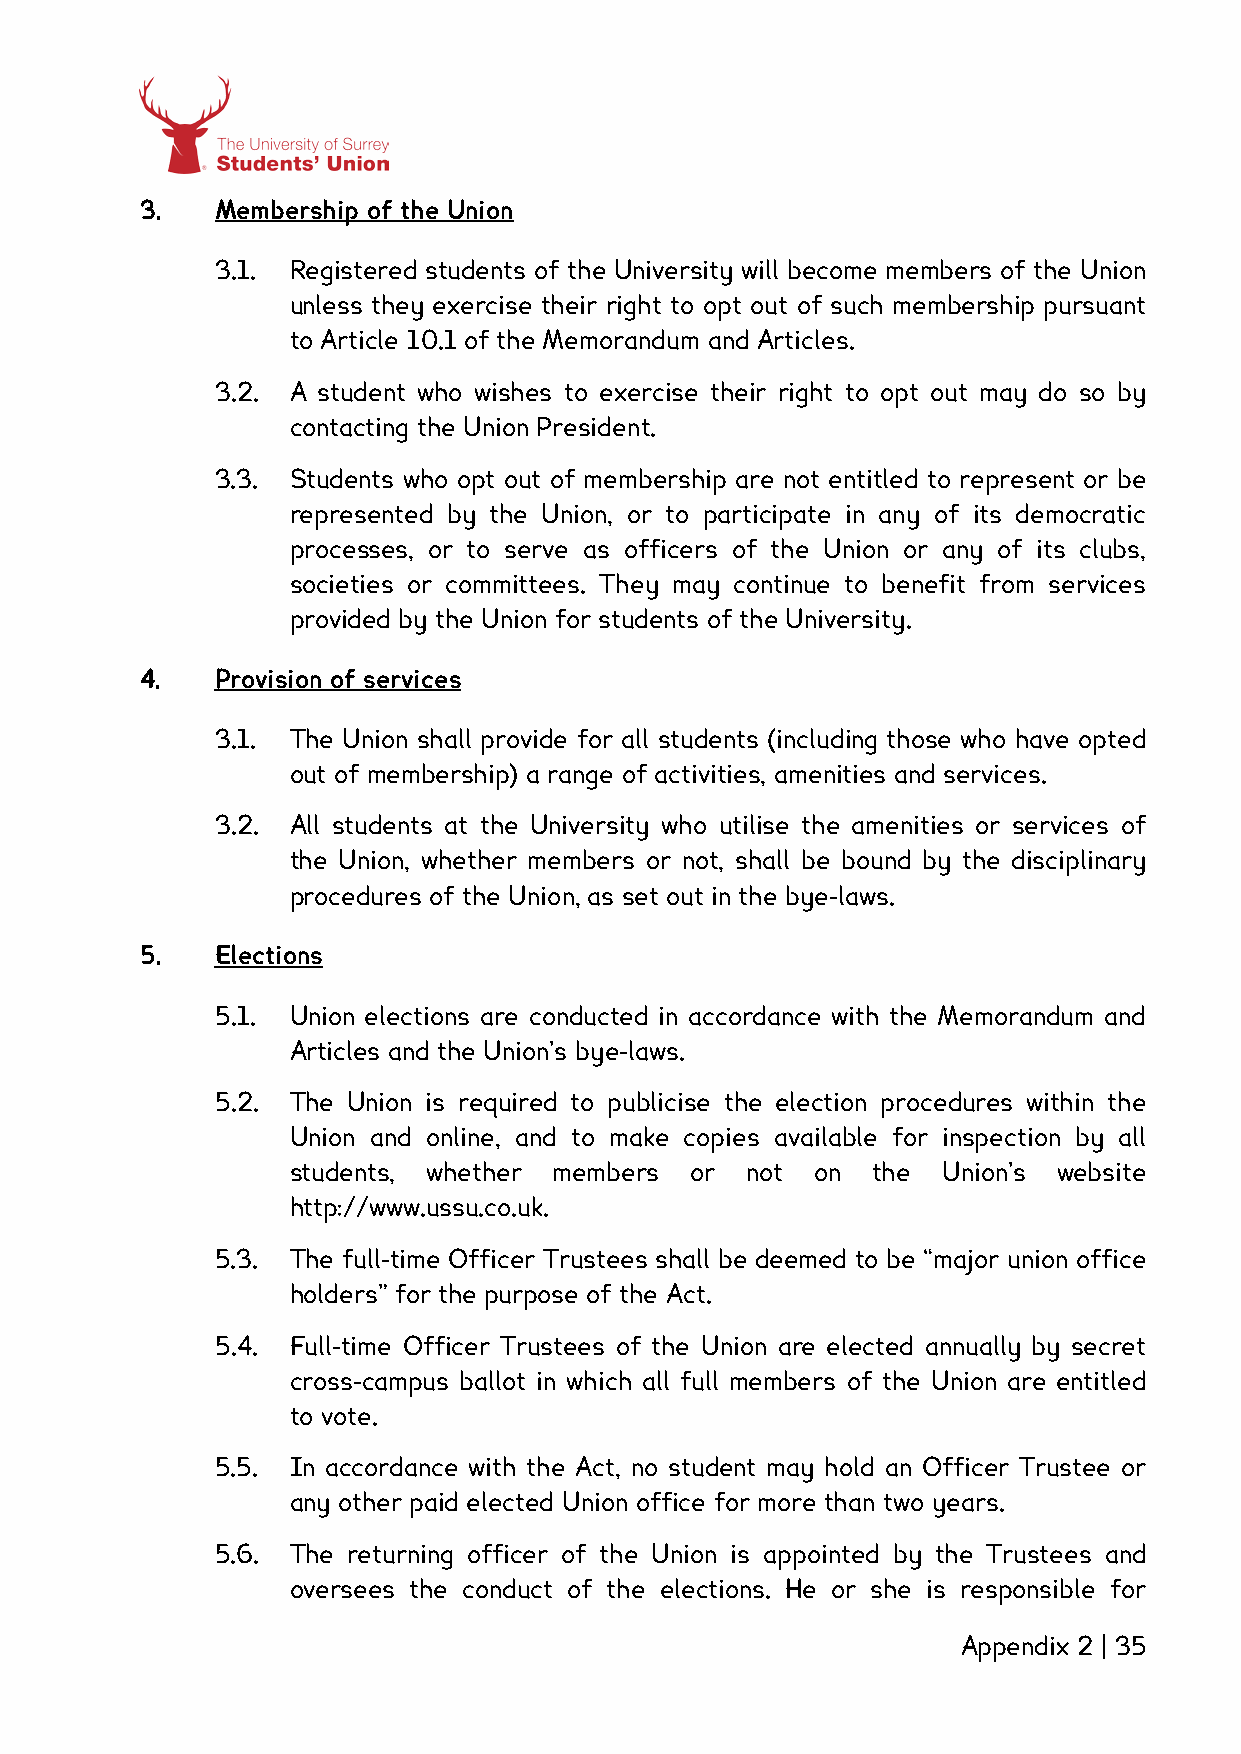
3.   Membership of the Union
 3.1. Registered students of the University will become members of the Union
 unless they exercise their right to opt out of such membership pursuant
 to Article 10.1 of the Memorandum and Articles.
 3.2. A student who wishes to exercise their right to opt out may do so by
 contacting the Union President.
 3.3. Students who opt out of membership are not entitled to represent or be
 represented by the Union, or to participate in any of its democratic
 processes, or to serve as officers of the Union or any of its clubs,
 societies or committees. They may continue to benefit from services
 provided by the Union for students of the University.
 4.   Provision of services
 3.1. The Union shall provide for all students (including those who have opted
 out of membership) a range of activities, amenities and services.
 3.2. All students at the University who utilise the amenities or services of
 the Union, whether members or not, shall be bound by the disciplinary
 procedures of the Union, as set out in the bye-laws.
 5.   Elections
 5.1. Union elections are conducted in accordance with the Memorandum and
 Articles and the Union’s bye-laws.
 5.2. The Union is required to publicise the election procedures within the
 Union and online, and to make copies available for inspection by all
 students, whether members  or not  on  the Union’s website
 http://www.ussu.co.uk.
 5.3. The full-time Officer Trustees shall be deemed to be “major union office
 holders” for the purpose of the Act.
 5.4. Full-time Officer Trustees of the Union are elected annually by secret
 cross-campus ballot in which all full members of the Union are entitled
 to vote.
 5.5. In accordance with the Act, no student may hold an Officer Trustee or
 any other paid elected Union office for more than two years.
 5.6. The returning officer of the Union is appointed by the Trustees and
 oversees the conduct of the elections. He or she is responsible for
 Appendix 2 | 35